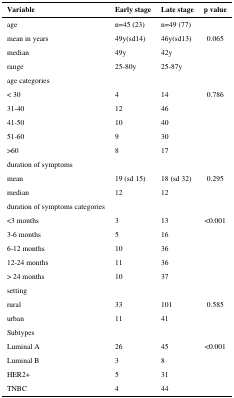
| Variable | Early stage | Late stage | p value |
 | --- | --- | --- | --- |
 | age | n=45 (23) | n=49 (77) |  |
 | mean in years | 49y(sd14) | 46y(sd13) | 0.065 |
 | median | 49y | 42y |  |
 | range | 25-80y | 25-87y |  |
 | age categories |  |  |  |
 | < 30 | 4 | 14 | 0.786 |
 | 31-40 | 12 | 46 |  |
 | 41-50 | 10 | 40 |  |
 | 51-60 | 9 | 30 |  |
 | >60 | 8 | 17 |  |
 | duration of symptoms |  |  |  |
 | mean | 19 (sd 15) | 18 (sd 32) | 0.295 |
 | median | 12 | 12 |  |
 | duration of symptoms categories |  |  |  |
 | <3 months | 3 | 13 | <0.001 |
 | 3-6 months | 5 | 16 |  |
 | 6-12 months | 10 | 36 |  |
 | 12-24 months | 11 | 36 |  |
 | > 24 months | 10 | 37 |  |
 | setting |  |  |  |
 | rural | 33 | 101 | 0.585 |
 | urban | 11 | 41 |  |
 | Subtypes |  |  |  |
 | Luminal A | 26 | 45 | <0.001 |
 | Luminal B | 3 | 8 |  |
 | HER2+ | 5 | 31 |  |
 | TNBC | 4 | 44 |  |